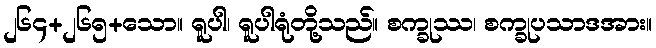
၂၆၄+၂၆၅+သော။ ရူပါ၊ ရူပါရုံတို့သည်။ စက္ခုဿ၊ စက္ခုပသာဒအား။